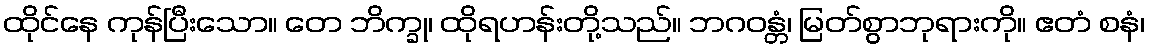
ထိုင်နေ ကုန်ပြီးသော။ တေ ဘိက္ခု၊ ထိုရဟန်းတို့သည်။ ဘဂဝန္တံ၊ မြတ်စွာဘုရားကို။ ဧတံ စနံ၊